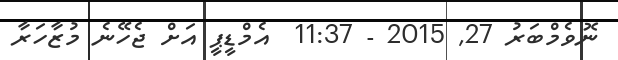
ނޮވެމްބަރު 27